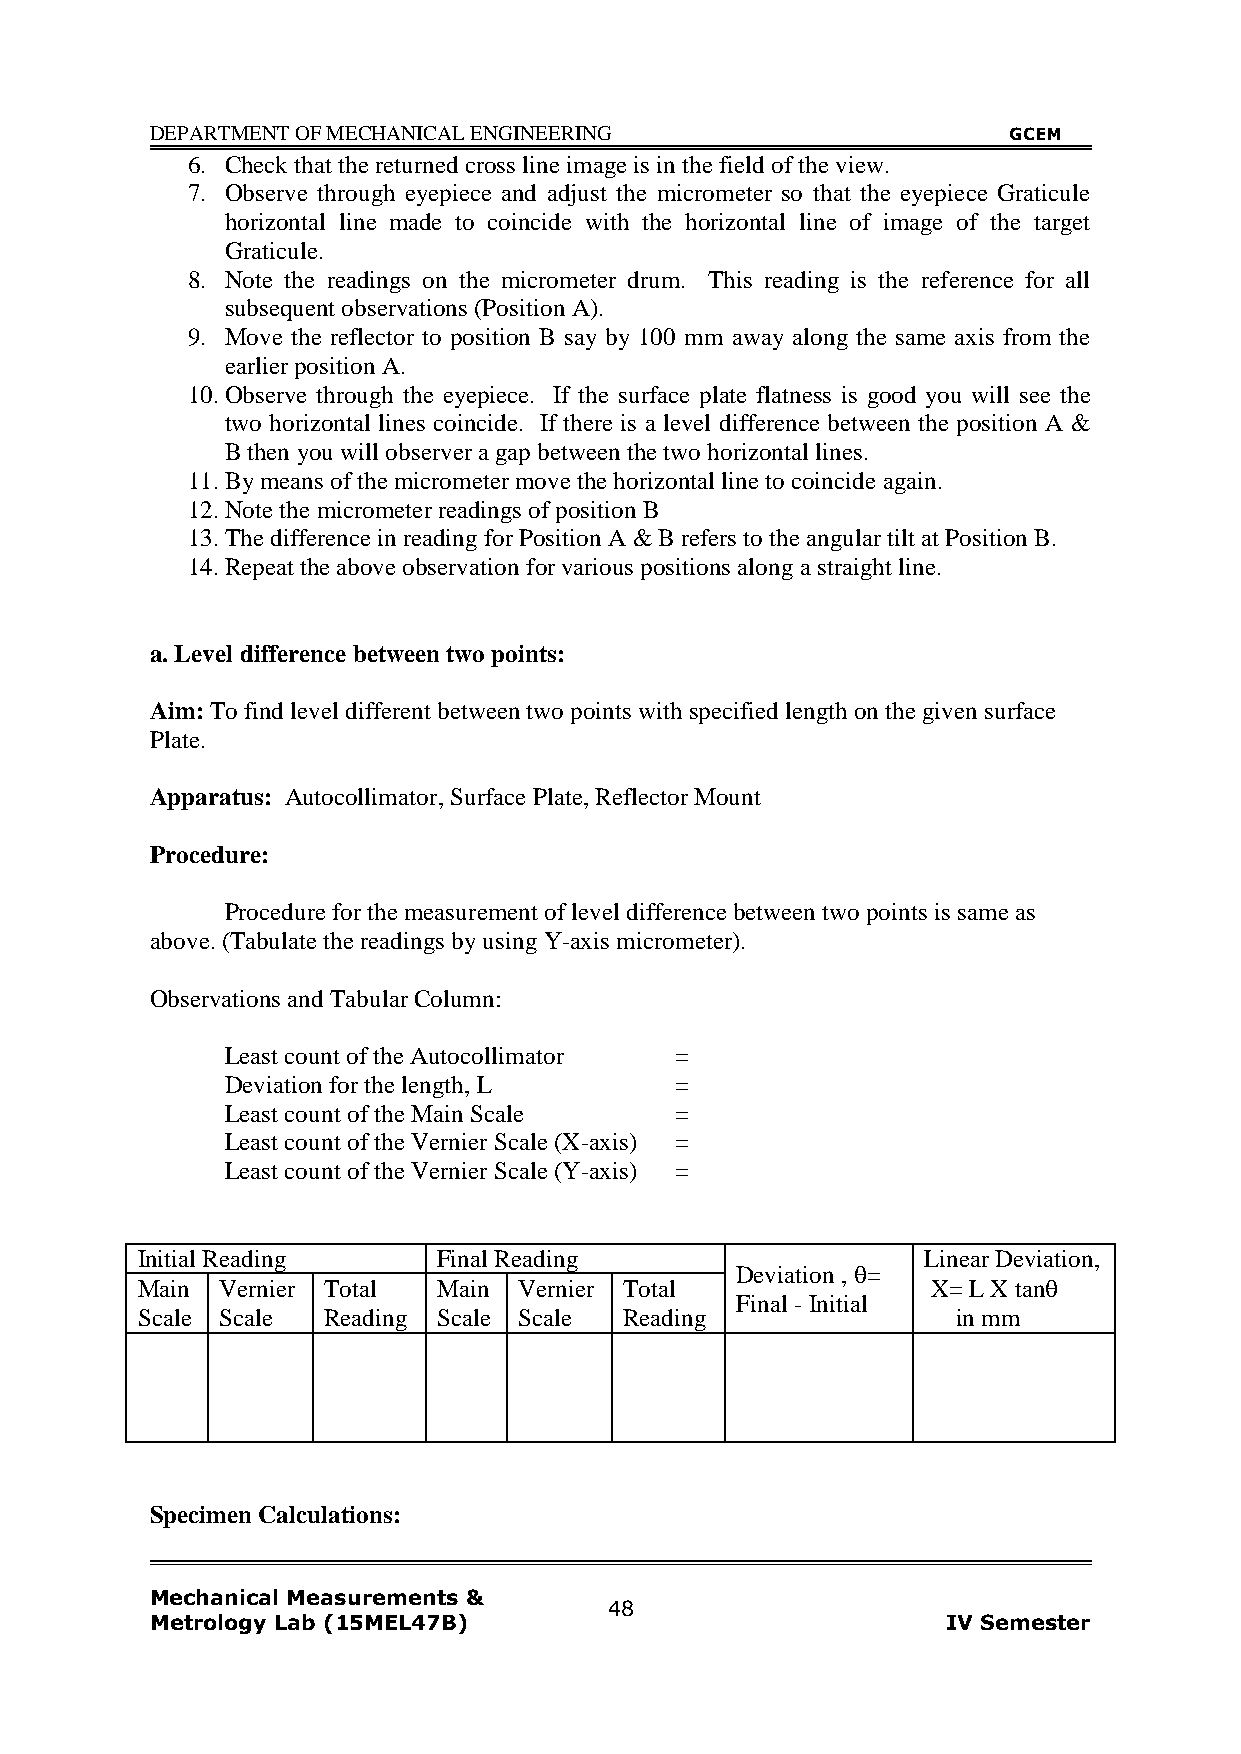
DEPARTMENT OF MECHANICAL ENGINEERING                     GCEM
 6. Check that the returned cross line image is in the field of the view.
 7. Observe through eyepiece and adjust the micrometer so that the eyepiece Graticule
 horizontal line made to coincide with the horizontal line of image of the target
 Graticule.
 8. Note the readings on the micrometer drum. This reading is the reference for all
 subsequent observations (Position A).
 9. Move the reflector to position B say by 100 mm away along the same axis from the
 earlier position A.
 10. Observe through the eyepiece. If the surface plate flatness is good you will see the
 two horizontal lines coincide. If there is a level difference between the position A &
 B then you will observer a gap between the two horizontal lines.
 11. By means of the micrometer move the horizontal line to coincide again.
 12. Note the micrometer readings of position B
 13. The difference in reading for Position A & B refers to the angular tilt at Position B.
 14. Repeat the above observation for various positions along a straight line.
 a. Level difference between two points:
 Aim: To find level different between two points with specified length on the given surface
 Plate.
 Apparatus: Autocollimator, Surface Plate, Reflector Mount
 Procedure:
 Procedure for the measurement of level difference between two points is same as
 above. (Tabulate the readings by using Y-axis micrometer).
 Observations and Tabular Column:
 Least count of the Autocollimator =
 Deviation for the length, L   =
 Least count of the Main Scale =
 Least count of the Vernier Scale (X-axis) =
 Least count of the Vernier Scale (Y-axis) =
 Initial Reading     Final Reading                   Linear Deviation,
 Deviation , =
 Main Vernier Total  Main Vernier Total               X= L X tan
 Final - Initial
 Scale Scale Reading Scale Scale Reading               in mm
 Specimen Calculations:
 Mechanical Measurements &
 48
 Metrology Lab (15MEL47B)                             IV Semester